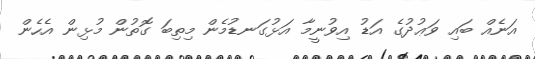
އަނެއް ބައި ވަޢުދުގެ އަޑު އިވުނީމާ އަޅުގަނޑުމެން މިތިބަ ގޮތުން މުޅިން އެހެން